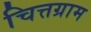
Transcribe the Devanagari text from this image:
चित्तग्राम